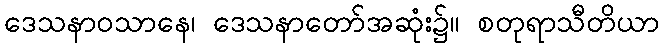
ဒေသနာဝသာနေ၊ ဒေသနာတော်အဆုံး၌။ စတုရာသီတိယာ